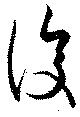
復